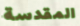
المقدسة